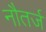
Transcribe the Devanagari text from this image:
नौतर्ज